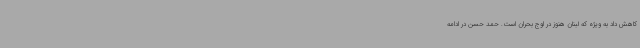
کاهش داد به ویژه که لبنان هنوز در اوج بحران است. حمد حسن در ادامه